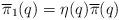
LaTeX: \begin{align*}\overline{\pi}_1(q) = \eta(q) \overline{\pi}(q) \end{align*}